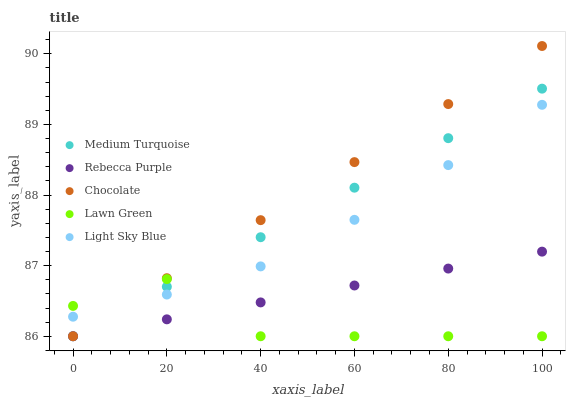
| xaxis_label | Medium Turquoise | Rebecca Purple | Chocolate | Lawn Green | Light Sky Blue |
 | --- | --- | --- | --- | --- | --- |
 | 0 | 86 | 86 | 86 | 86.4 | 86.3 |
 | 20 | 86.7 | 86.2 | 86.8 | 86.8 | 86.6 |
 | 40 | 87.4 | 86.5 | 87.6 | 86 | 87 |
 | 60 | 88.1 | 86.7 | 88.5 | 86 | 87.6 |
 | 80 | 88.8 | 87 | 89.3 | 86 | 88.4 |
 | 100 | 89.5 | 87.2 | 90.1 | 86 | 89.3 |